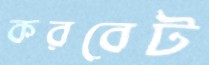
করবেট